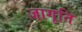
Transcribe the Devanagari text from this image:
जागृति